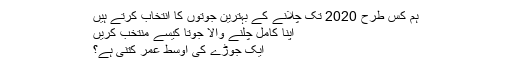
ہم کس طرح 2020 تک چلانے کے بہترین جوتوں کا انتخاب کرتے ہیں
اپنا کامل چلنے والا جوتا کیسے منتخب کریں
ایک جوڑے کی اوسط عمر کتنی ہے؟